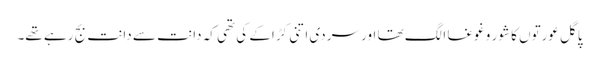
پاگل عورتوں کا شور و غوغا الگ تھا اور سردی اتنی کڑاکے کی تھی کہ دانت سے دانت بج رہے تھے۔